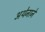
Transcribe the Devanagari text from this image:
अथेनाने